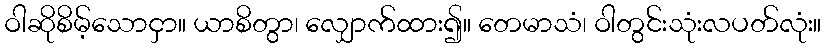
ဝါဆိုစိမ့်သောငှာ။ ယာစိတွာ၊ လျှောက်ထား၍။ တေမာသံ၊ ဝါတွင်းသုံးလပတ်လုံး။